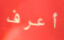
أعرف